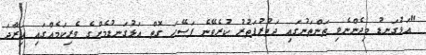
"އަޅުގަނޑު މިދެންނެވި ތަންތަނުގައި ދަތުރުފަތުރު ކުރެވޭނެ ފަސޭހަ ގޮތް އަޅުގަނޑުމެންގެ ވެރިކަމެއްގައި އިރާދަ